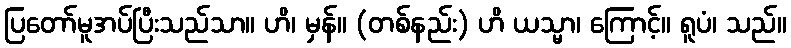
ပြတော်မူအပ်ပြီးသည်သာ။ ဟိ၊ မှန်။ (တစ်နည်း) ဟိ ယသ္မာ၊ ကြောင့်။ ရူပံ၊ သည်။